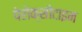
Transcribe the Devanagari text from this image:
पेरोक्सीटाइन